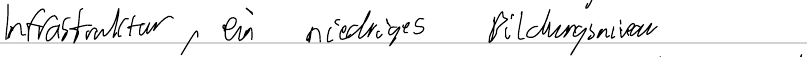
Infrastruktur, ein niedriges Bildungsniveau